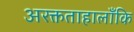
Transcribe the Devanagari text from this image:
अरक्तताहालाँकि